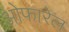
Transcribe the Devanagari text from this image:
ओफारेल